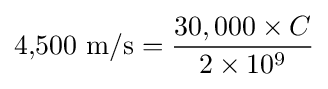
{\text{4,500 m/s}}={\frac {30,000\times C}{2\times 10^{9}}}